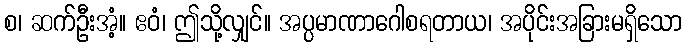
စ၊ ဆက်ဦးအံ့။ ဧဝံ၊ ဤသို့လျှင်။ အပ္ပမာဏာဂေါစရတာယ၊ အပိုင်းအခြားမရှိသော